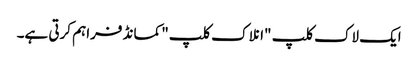
ایک لاک کلپ "انلاک کلپ" کمانڈ فراہم کرتی ہے۔